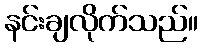
နင်းချလိုက်သည်။